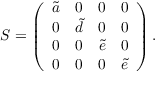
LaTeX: S = \left( \begin{array} { c c c c } { { \tilde { a } } } & { { 0 } } & { { 0 } } & { { 0 } } \\ { { 0 } } & { { \tilde { d } } } & { { 0 } } & { { 0 } } \\ { { 0 } } & { { 0 } } & { { \tilde { e } } } & { { 0 } } \\ { { 0 } } & { { 0 } } & { { 0 } } & { { \tilde { e } } } \end{array} \right) .